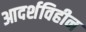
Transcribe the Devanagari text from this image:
आदर्शविहीन